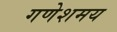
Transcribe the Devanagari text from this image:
गणेशमय